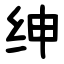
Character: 绅